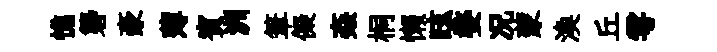
憔礱豪薄賓洲筆儗姦桐懒眩婺况蒙渙丘雩